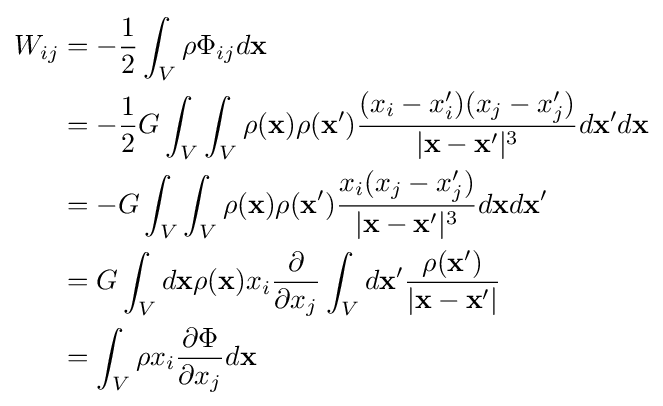
{\begin{aligned}W_{ij}&=-{\frac {1}{2}}\int _{V}\rho \Phi _{ij}d\mathbf {x} \\&=-{\frac {1}{2}}G\int _{V}\int _{V}\rho (\mathbf {x} )\rho (\mathbf {x'} ){\frac {(x_{i}-x_{i}')(x_{j}-x_{j}')}{|\mathbf {x} -\mathbf {x'} |^{3}}}d\mathbf {x'} d\mathbf {x} \\&=-G\int _{V}\int _{V}\rho (\mathbf {x} )\rho (\mathbf {x'} ){\frac {x_{i}(x_{j}-x_{j}')}{|\mathbf {x} -\mathbf {x'} |^{3}}}d\mathbf {x} d\mathbf {x'} \\&=G\int _{V}d\mathbf {x} \rho (\mathbf {x} )x_{i}{\frac {\partial }{\partial x_{j}}}\int _{V}d\mathbf {x'} {\frac {\rho (\mathbf {x'} )}{|\mathbf {x} -\mathbf {x'} |}}\\&=\int _{V}\rho x_{i}{\frac {\partial \Phi }{\partial x_{j}}}d\mathbf {x} \end{aligned}}